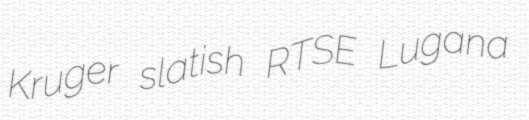
Kruger slatish RTSE Lugana